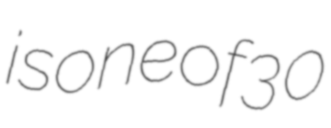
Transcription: is one of 30